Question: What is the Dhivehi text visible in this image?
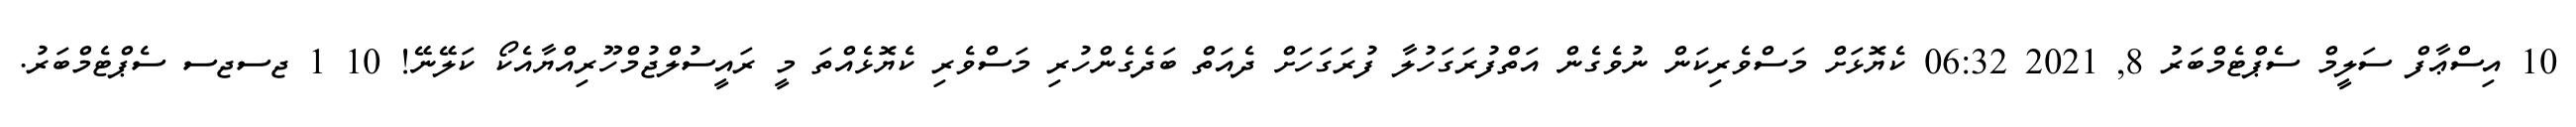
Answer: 10 އިސްޢާފް ސަލީމް ސެޕްޓެމްބަރު 8, 2021 06:32 ކެޔޮޅަށް މަސްވެރިކަން ނުވެގެން އަތްފުރަގަހުލާ ފުރަގަހަށް ދެއަތް ބަދެގެންހުރި މަސްވެރި ކެޔޮޅެއްތަ މީ ރައީސުލްޖުމްހޫރިއްޔާއެކޯ ކަލޭނޭ! 10 1 ޖސޖސ ސެޕްޓެމްބަރު.